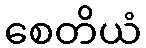
စေတိယံ